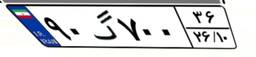
۹۰گ۷۰۰۳۶